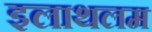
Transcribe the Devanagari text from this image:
इलाथलम